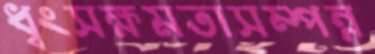
ধ্বংসক্ষমতাসম্পন্ন